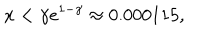
x < \gamma e ^ { 1 - \gamma } \approx 0 . 0 0 0 1 1 5 ,